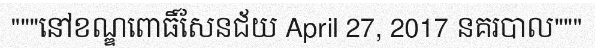
"""នៅខណ្ឌពោធិ៍សែនជ័យ April 27, 2017 នគរបាល"""